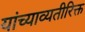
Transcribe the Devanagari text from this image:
यांच्याव्यतीरिक्त